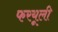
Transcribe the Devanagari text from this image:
फरयूली